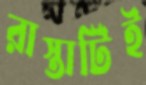
রাস্তাটিই